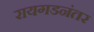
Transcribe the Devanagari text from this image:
रायगडनंतर